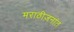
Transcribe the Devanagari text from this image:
मराठीजनांत